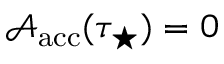
\mathcal { A } _ { \mathrm { a c c } } ( \tau _ { \star } ) = 0